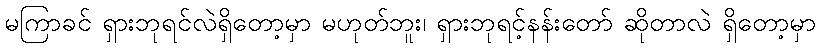
မကြာခင် ရှားဘုရင်လဲရှိတော့မှာ မဟုတ်ဘူး၊ ရှားဘုရင့်နန်းတော် ဆိုတာလဲ ရှိတော့မှာ